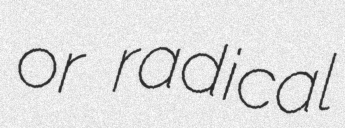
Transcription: or radical